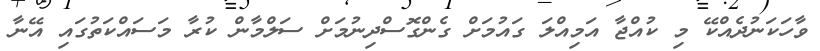
ވާހަކަނުދެއްކޭ މި ކުއްޖާ އަމިއްލަ ގައުމަށް ގެންގޮސްދިނުމަށް ސަލްމާން ކުރާ މަސައްކަތުގައި އޭނާ